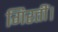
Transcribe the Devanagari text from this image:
गिरतीं।